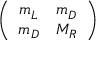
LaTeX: \left( \begin{array} { c c } { { m _ { L } } } & { { m _ { D } } } \\ { { m _ { D } } } & { { M _ { R } } } \end{array} \right)